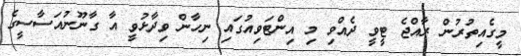
މީގެއިތުރުން ރާއްޖެ ޓީވީ ދެއްވި މި އިންޓަވިއުގައި ނިހާން ވިދާޅުވީ އާ ގާނޫނުއަސާސީގެ